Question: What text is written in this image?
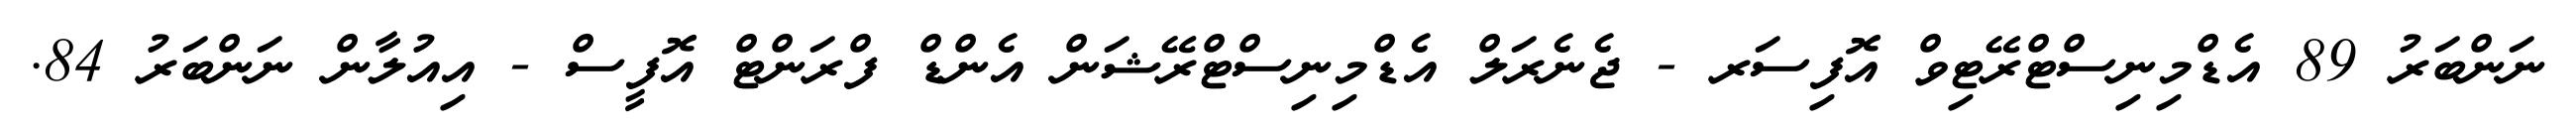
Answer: ނަންބަރު 89 އެޑްމިނިސްޓްރޭޓިވް އޮފިސަރ - ޖެނެރަލް އެޑްމިނިސްޓްރޭޝަން އެންޑް ފްރަންޓް އޮފީސް - އިއުލާން ނަންބަރު 84.